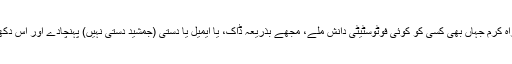
میں آپ سے پرسوز اور دردمندانہ اپیل کرتاہوں کہ براہ کرم جہاں بھی کسی کو کوئی فوٹوسٹیٹی دانش ملے، مجھے بذریعہ ڈاک، یا ایمیل یا دستی (جمشید دستی نہیں) پہنچادے اور اس دکھی اور جھلسے ہوئے دل (اورچہرے) کی دعائیں لے!